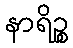
နာရိဉ္စ